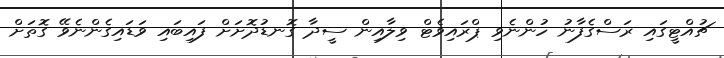
ޗުއްޓީގައި ރަސްގެފާނު ހުންނެވި ޕްރައިވެޓް ވިލާއިން ސީދާ ގޮނޑުދޮށަށް ފައިބައި ވަޑައިގެންނެވޭ ގޮތަށް